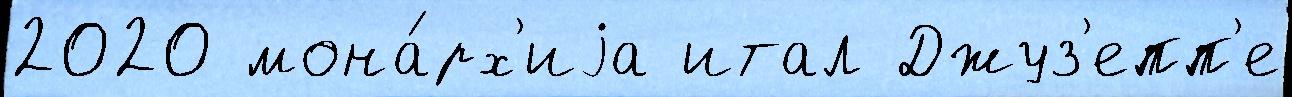
2020 мона́рх'иjа итал Джуз'епп'е